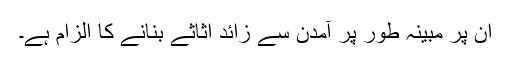
ان پر مبینہ طور پر آمدن سے زائد اثاثے بنانے کا الزام ہے۔